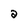
Character: a